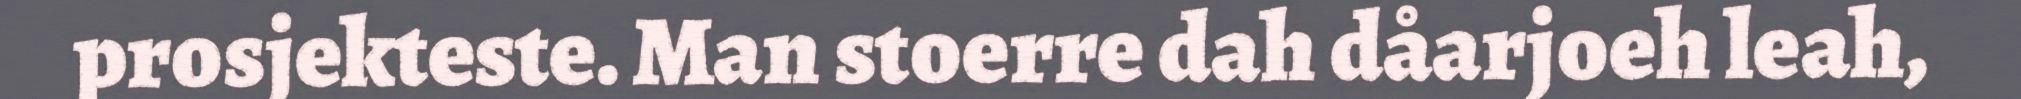
prosjekteste. Man stoerre dah dåarjoeh leah,